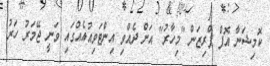
ކޮމިޝަނާ އޮފް ޕްރިޒަން "މިހާރު" އަށް ދެއްވި އިންޓަވިއުއެއްގައި ވަނީ ޖޭމަރު ހަރު